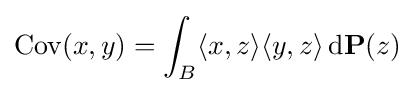
\mathrm {Cov} (x,y)=\int _{B}\langle x,z\rangle \langle y,z\rangle \,\mathrm {d} \mathbf {P} (z)